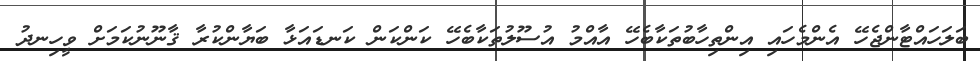
ބަލަހައްޓާންޖެހޭ އެންމެހައި އިންތިހާބުތަކާބެހޭ އާއްމު އުސޫލުތަކާބެހޭ ކަންކަން ކަނޑައަޅާ ބަޔާންކުރާ ޤާނޫނުކަމަށް ވީހިނދު